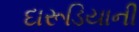
દારૂડિયાની